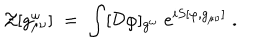
{ \mathcal Z } [ g _ { \mu \nu } ^ { \omega } ] \; = \; \int [ { \mathcal D } \varphi ] _ { g ^ { \omega } } \; e ^ { i S [ \varphi , g _ { \mu \nu } ] } \; .